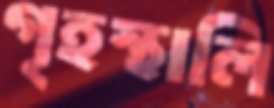
গৃহস্থালি